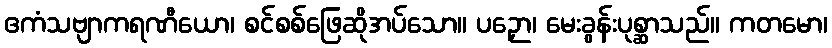
ဧကံသဗျာကရဏီယော၊ စင်စစ်ဖြေဆိုအပ်သော။ ပဉှော၊ မေးခွန်းပုစ္ဆာသည်။ ကတမော၊